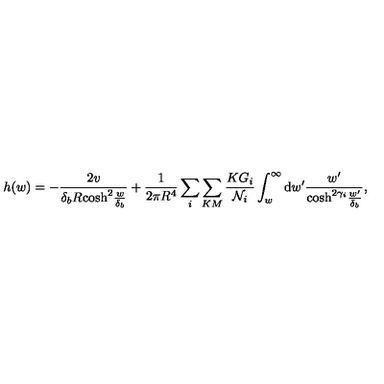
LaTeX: h ( w ) = - \frac { 2 v } { \delta _ { b } R \mathrm { c o s h } ^ { 2 } \frac { w } { \delta _ { b } } } + \frac { 1 } { 2 \pi R ^ { 4 } } \sum _ { i } \sum _ { K M } \frac { K G _ { i } } { { \cal N } _ { i } } \int _ { w } ^ { \infty } \mathrm { d } w ^ { \prime } \frac { w ^ { \prime } } { \mathrm { c o s h } ^ { 2 \gamma _ { i } } \frac { w ^ { \prime } } { \delta _ { b } } } ,